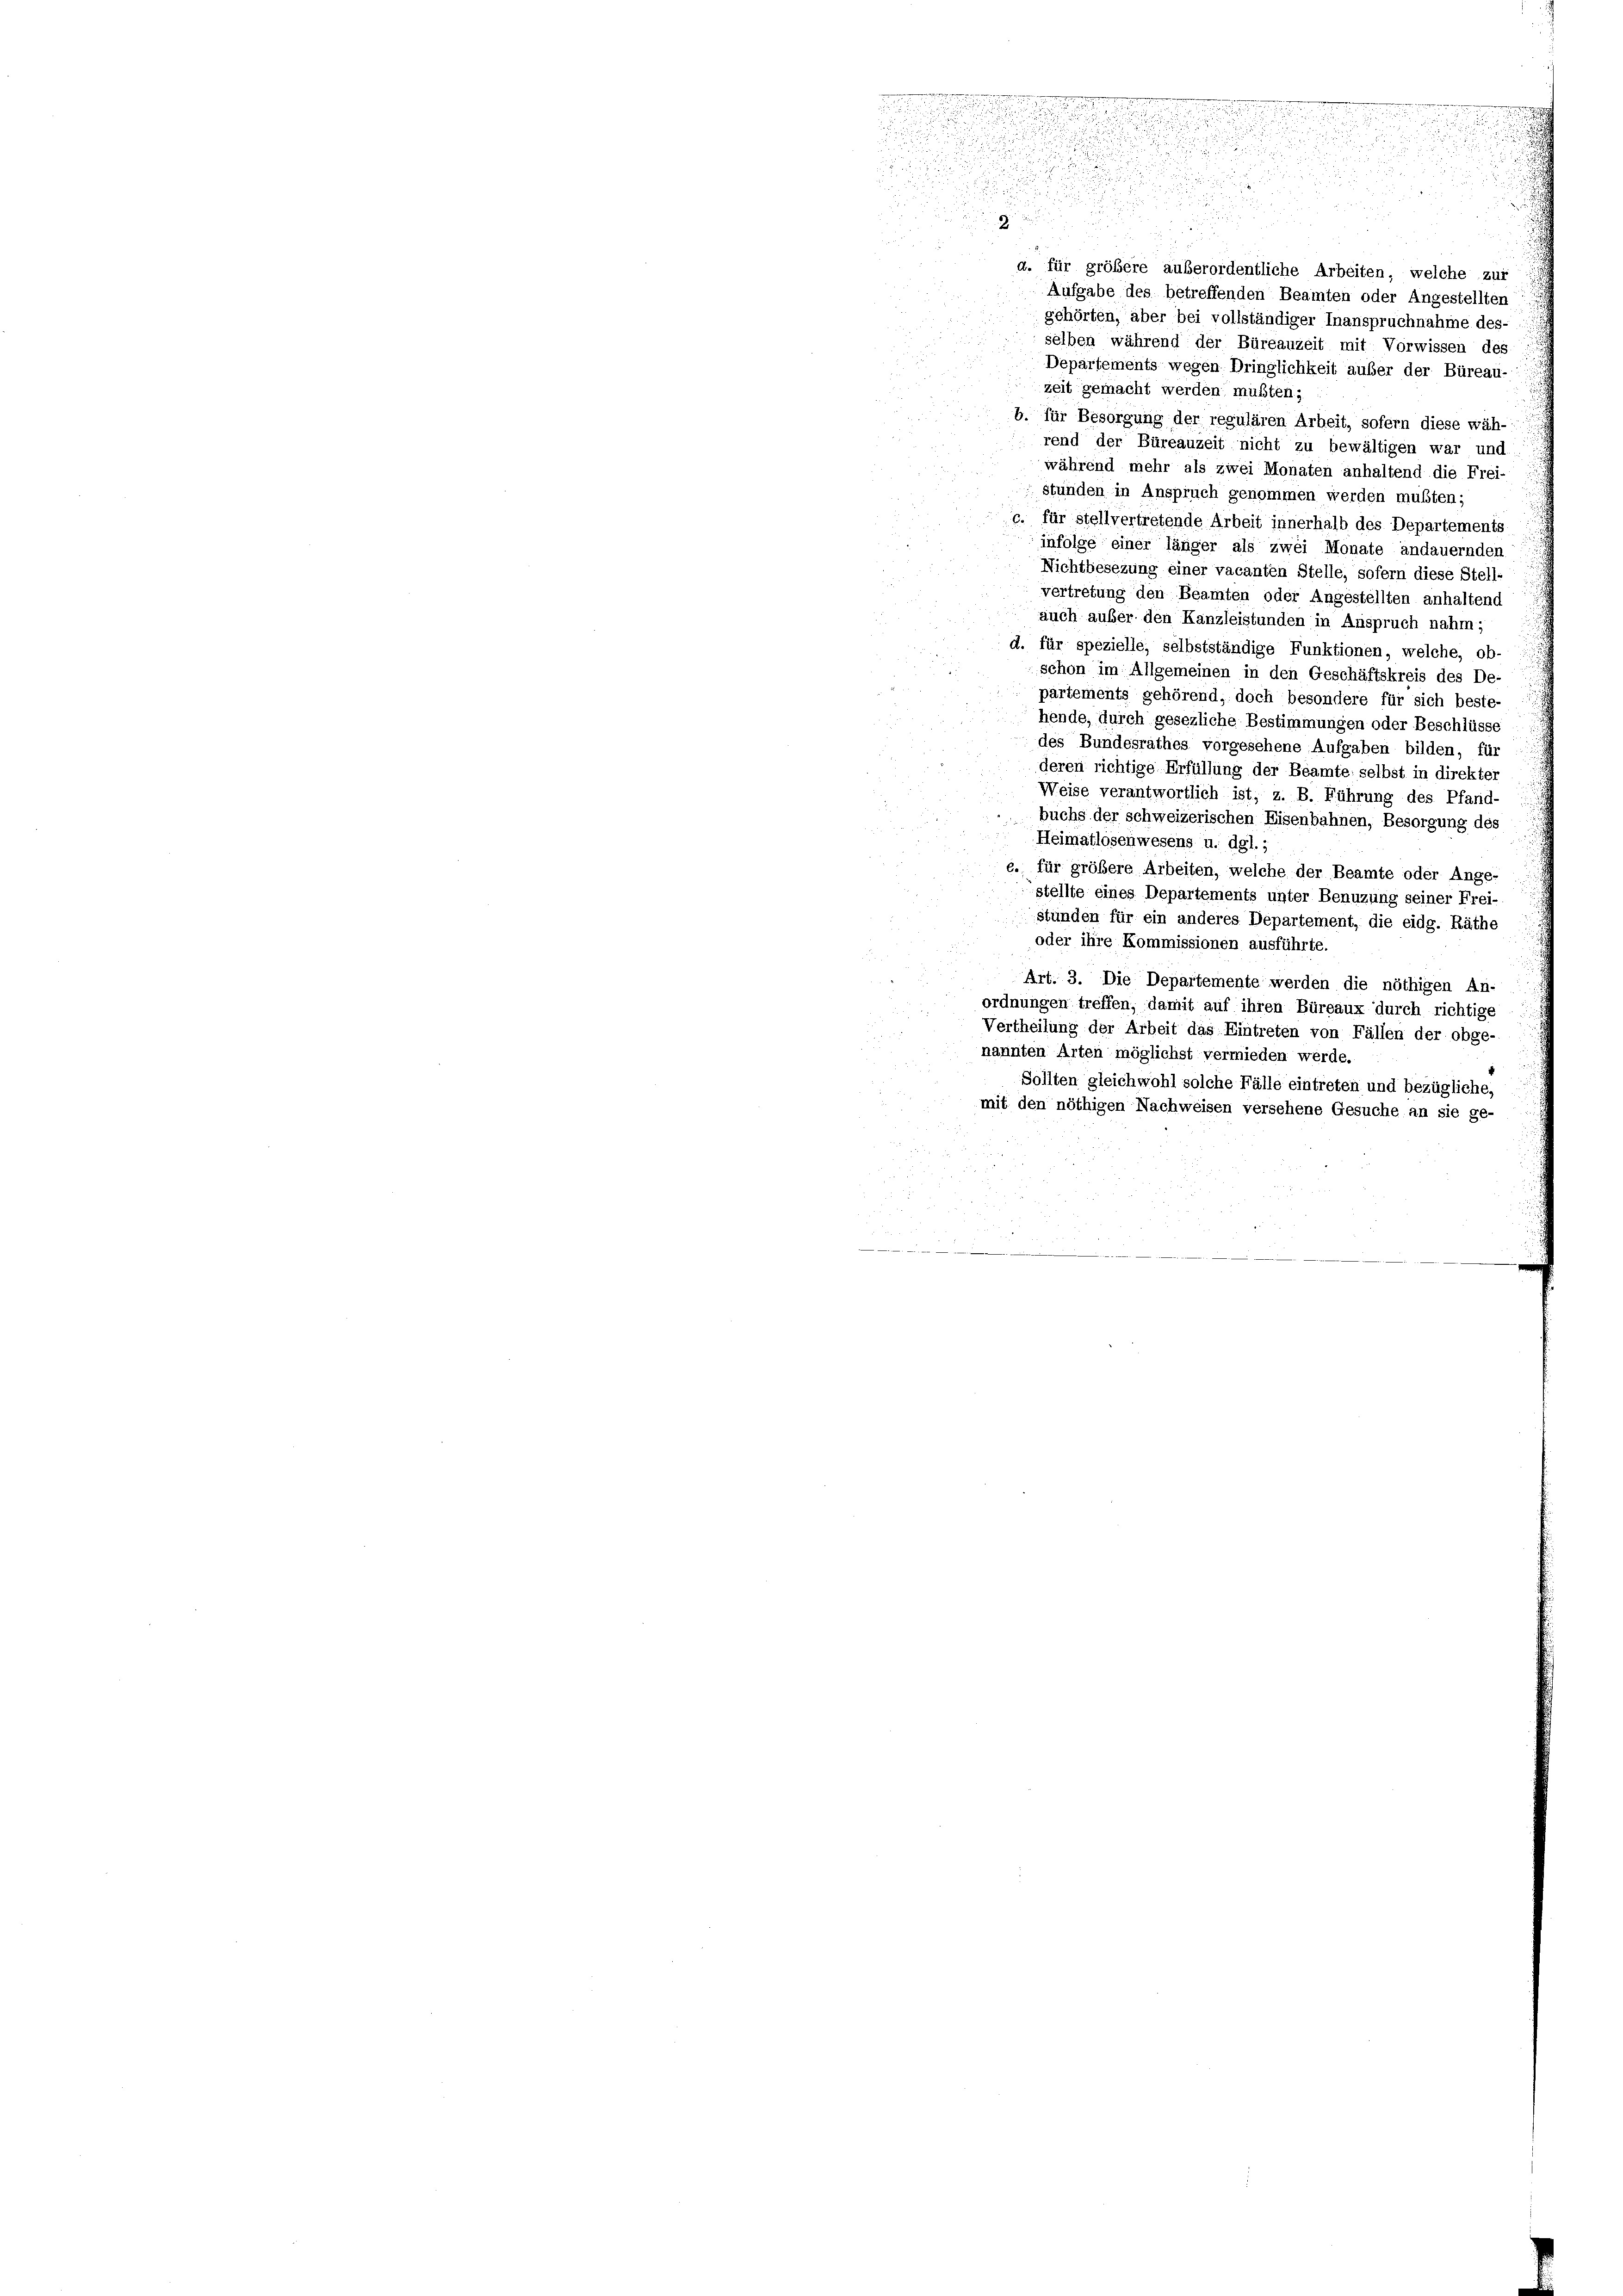
a. für größere außerordentliche Arbeiten, welche zur
Aufgabe des betreffenden Beamten oder Angestellten
gehörten, aber bei vollständiger Inanspruchnahme des-
selben während der Büreauzeit mit Vorwissen des
Departements wegen Dringlichkeit außer der Büreau-
zeit gemacht werden mußten;
b. für Besorgung der regulären Arbeit, sofern diese wäh-
rend der Büreauzeit nicht zu bewältigen war und
während mehr als zwei Monaten anhaltend die Fre
stünden in Anspruch genommen werden mußten;
c. für stellvertretende Arbeit innerhalb des Departements
infolge einer länger als zwei Monate andauernden
Nichtbesezung einer vacanten Stelle, sofern diese Stell-
vertretung den Beamten oder Angestellten anhaltend
auch auber den Kanzleistunden in Anspruch nahm;
d. für spezielle, selbstständige Funktionen, welche, ob-
schon im Allgemeinen in den Geschäftskreis des De-
partements gehörend, doch besondere für sich beste-
hende, durch gesezliche Bestimmungen oder Beschlüsse
des Bundesrathes vorgesehene Aufgaben bilden, für
deren richtige Erfüllung der Beamte selbst in direkte,
Weise verantwortlich ist, z. B. Führung des Pfand-
buchs der schweizerischen Eisenbahnen, Besorgung des
Heimatlosenwesens u. dgl.;
6. für größere Arbeiten, welche der Beamte oder Ange-
stellte eines Departements unter Benuzung seiner Frei-
stünden für ein anderes Departement, die eidg. Räthe
oder ihre Kommissionen ausführte.
Art. 3. Die Departemente werden die nöthigen An- ::
ordnungen treffen, damit auf ihren Büreaux durch richtige
Vertheilung der Arbeit das Eintreten von Fällen der obge-
nannten Arten möglichst vermieden werde.
Sollten gleichwohl solche Fälle eintreten und bezügliche.
mit den nöthigen Nachweisen versehene Gesuche an sie ge-

.
.
u
3
2